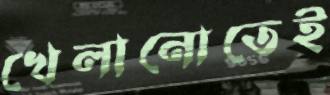
খেলানোতেই